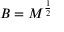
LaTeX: B = M ^ { \frac { 1 } { 2 } }